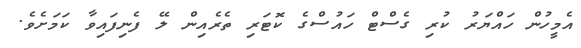
އެމީހުން ހައްޔަރު ކުރި ގެސްޓް ހައުސްގެ ކޮޓަރި ތެރެއިން ލޭ ފެނިފައިވާ ކަމަށެވެ.